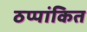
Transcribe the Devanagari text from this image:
ठप्पांकित